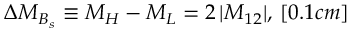
\Delta M _ { B _ { s } } \equiv M _ { H } - M _ { L } = 2 \, | M _ { 1 2 } | , \, [ 0 . 1 c m ]